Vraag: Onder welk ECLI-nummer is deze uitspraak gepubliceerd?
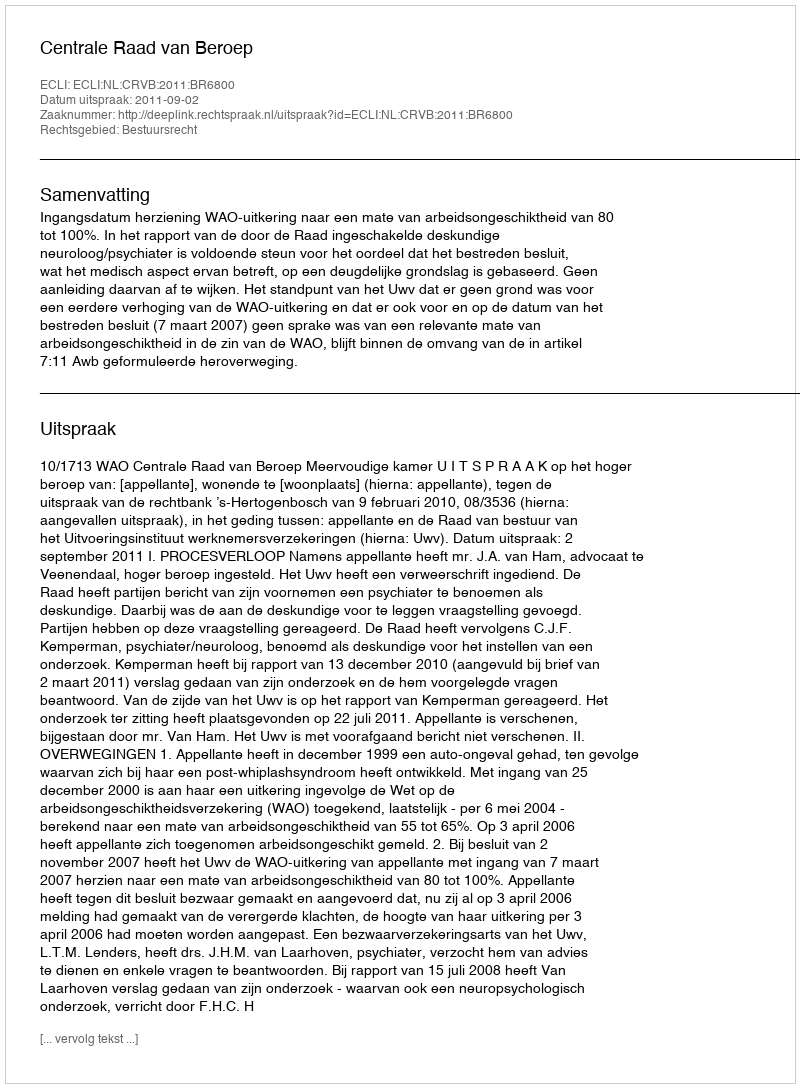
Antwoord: ECLI:NL:CRVB:2011:BR6800